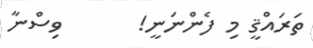
ތަރައްޤީ މި ފެންނަނީ!       ވިސްނާ